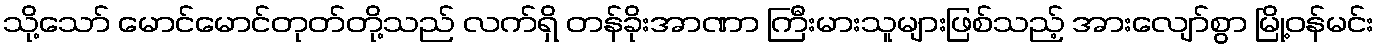
သို့သော် မောင်မောင်တုတ်တို့သည် လက်ရှိ တန်ခိုးအာဏာ ကြီးမားသူများဖြစ်သည့် အားလျော်စွာ မြို့ဝန်မင်း